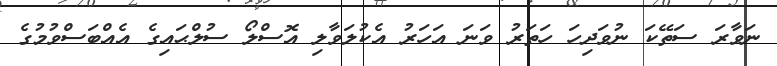
ނަވާރަ ސަތޭކަ ނުވަދިހަ ހަތަރު ވަނަ އަހަރު އެކުލަވާލި އޮސްލޯ ސުލްޙައިގެ އެއްބަސްވުމުގެ